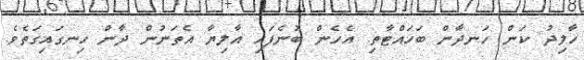
ހާލިދު ކަން ހަނދާން ބަހައްޓާތި. އެހެން ބުނެފައި އާލިޔާ އެތަނުން ދާން ހިނގައިގަތެވެ.